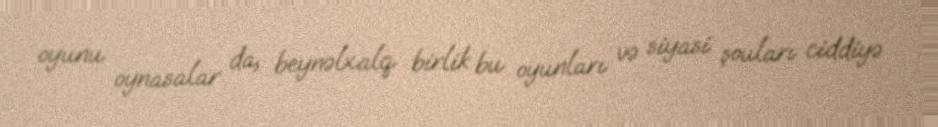
oyunu oynasalar da, beynəlxalq birlik bu oyunları və siyasi şouları ciddiyə